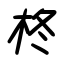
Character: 柊